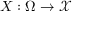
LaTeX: X : \Omega \rightarrow { \mathcal { X } }